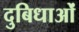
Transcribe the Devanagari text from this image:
दुबिधाओं